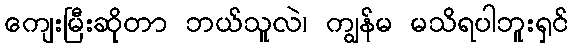
ကျေးမြီးဆိုတာ ဘယ်သူလဲ၊ ကျွန်မ မသိရပါဘူးရှင်